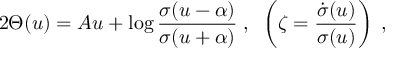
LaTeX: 2 \Theta ( u ) = A u + \log \frac { \sigma ( u - \alpha ) } { \sigma ( u + \alpha ) } \; , \; \; \left( \zeta = \frac { \dot { \sigma } ( u ) } { \sigma ( u ) } \right) \; ,